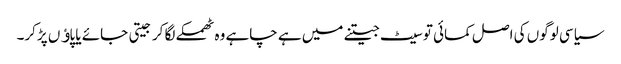
سیاسی لوگوں کی اصل کمائی تو سیٹ جیتنے میں ہے چاہے وہ ٹھمکے لگا کر جیتی جائے یا پاﺅں پڑکر۔